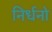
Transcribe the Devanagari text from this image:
निर्धनो